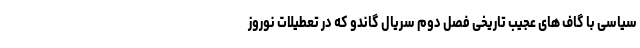
سیاسی با گاف های عجیب تاریخی فصل دوم سریال گاندو که در تعطیلات نوروز